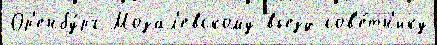
Ор'енбу́рг Мозал'евскому въезд сов'е́тн'ику